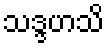
သဒ္ဒဟသိ